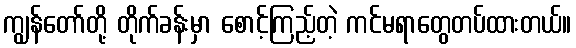
ကျွန်တော်တို့ တိုက်ခန်းမှာ စောင့်ကြည့်တဲ့ ကင်မရာတွေတပ်ထားတယ်။